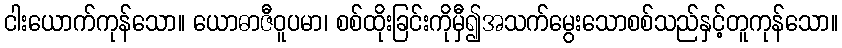
ငါးယောက်ကုန်သော။ ယောဓာဇီဝူပမာ၊ စစ်ထိုးခြင်းကိုမှီ၍အသက်မွေးသောစစ်သည်နှင့်တူကုန်သော။